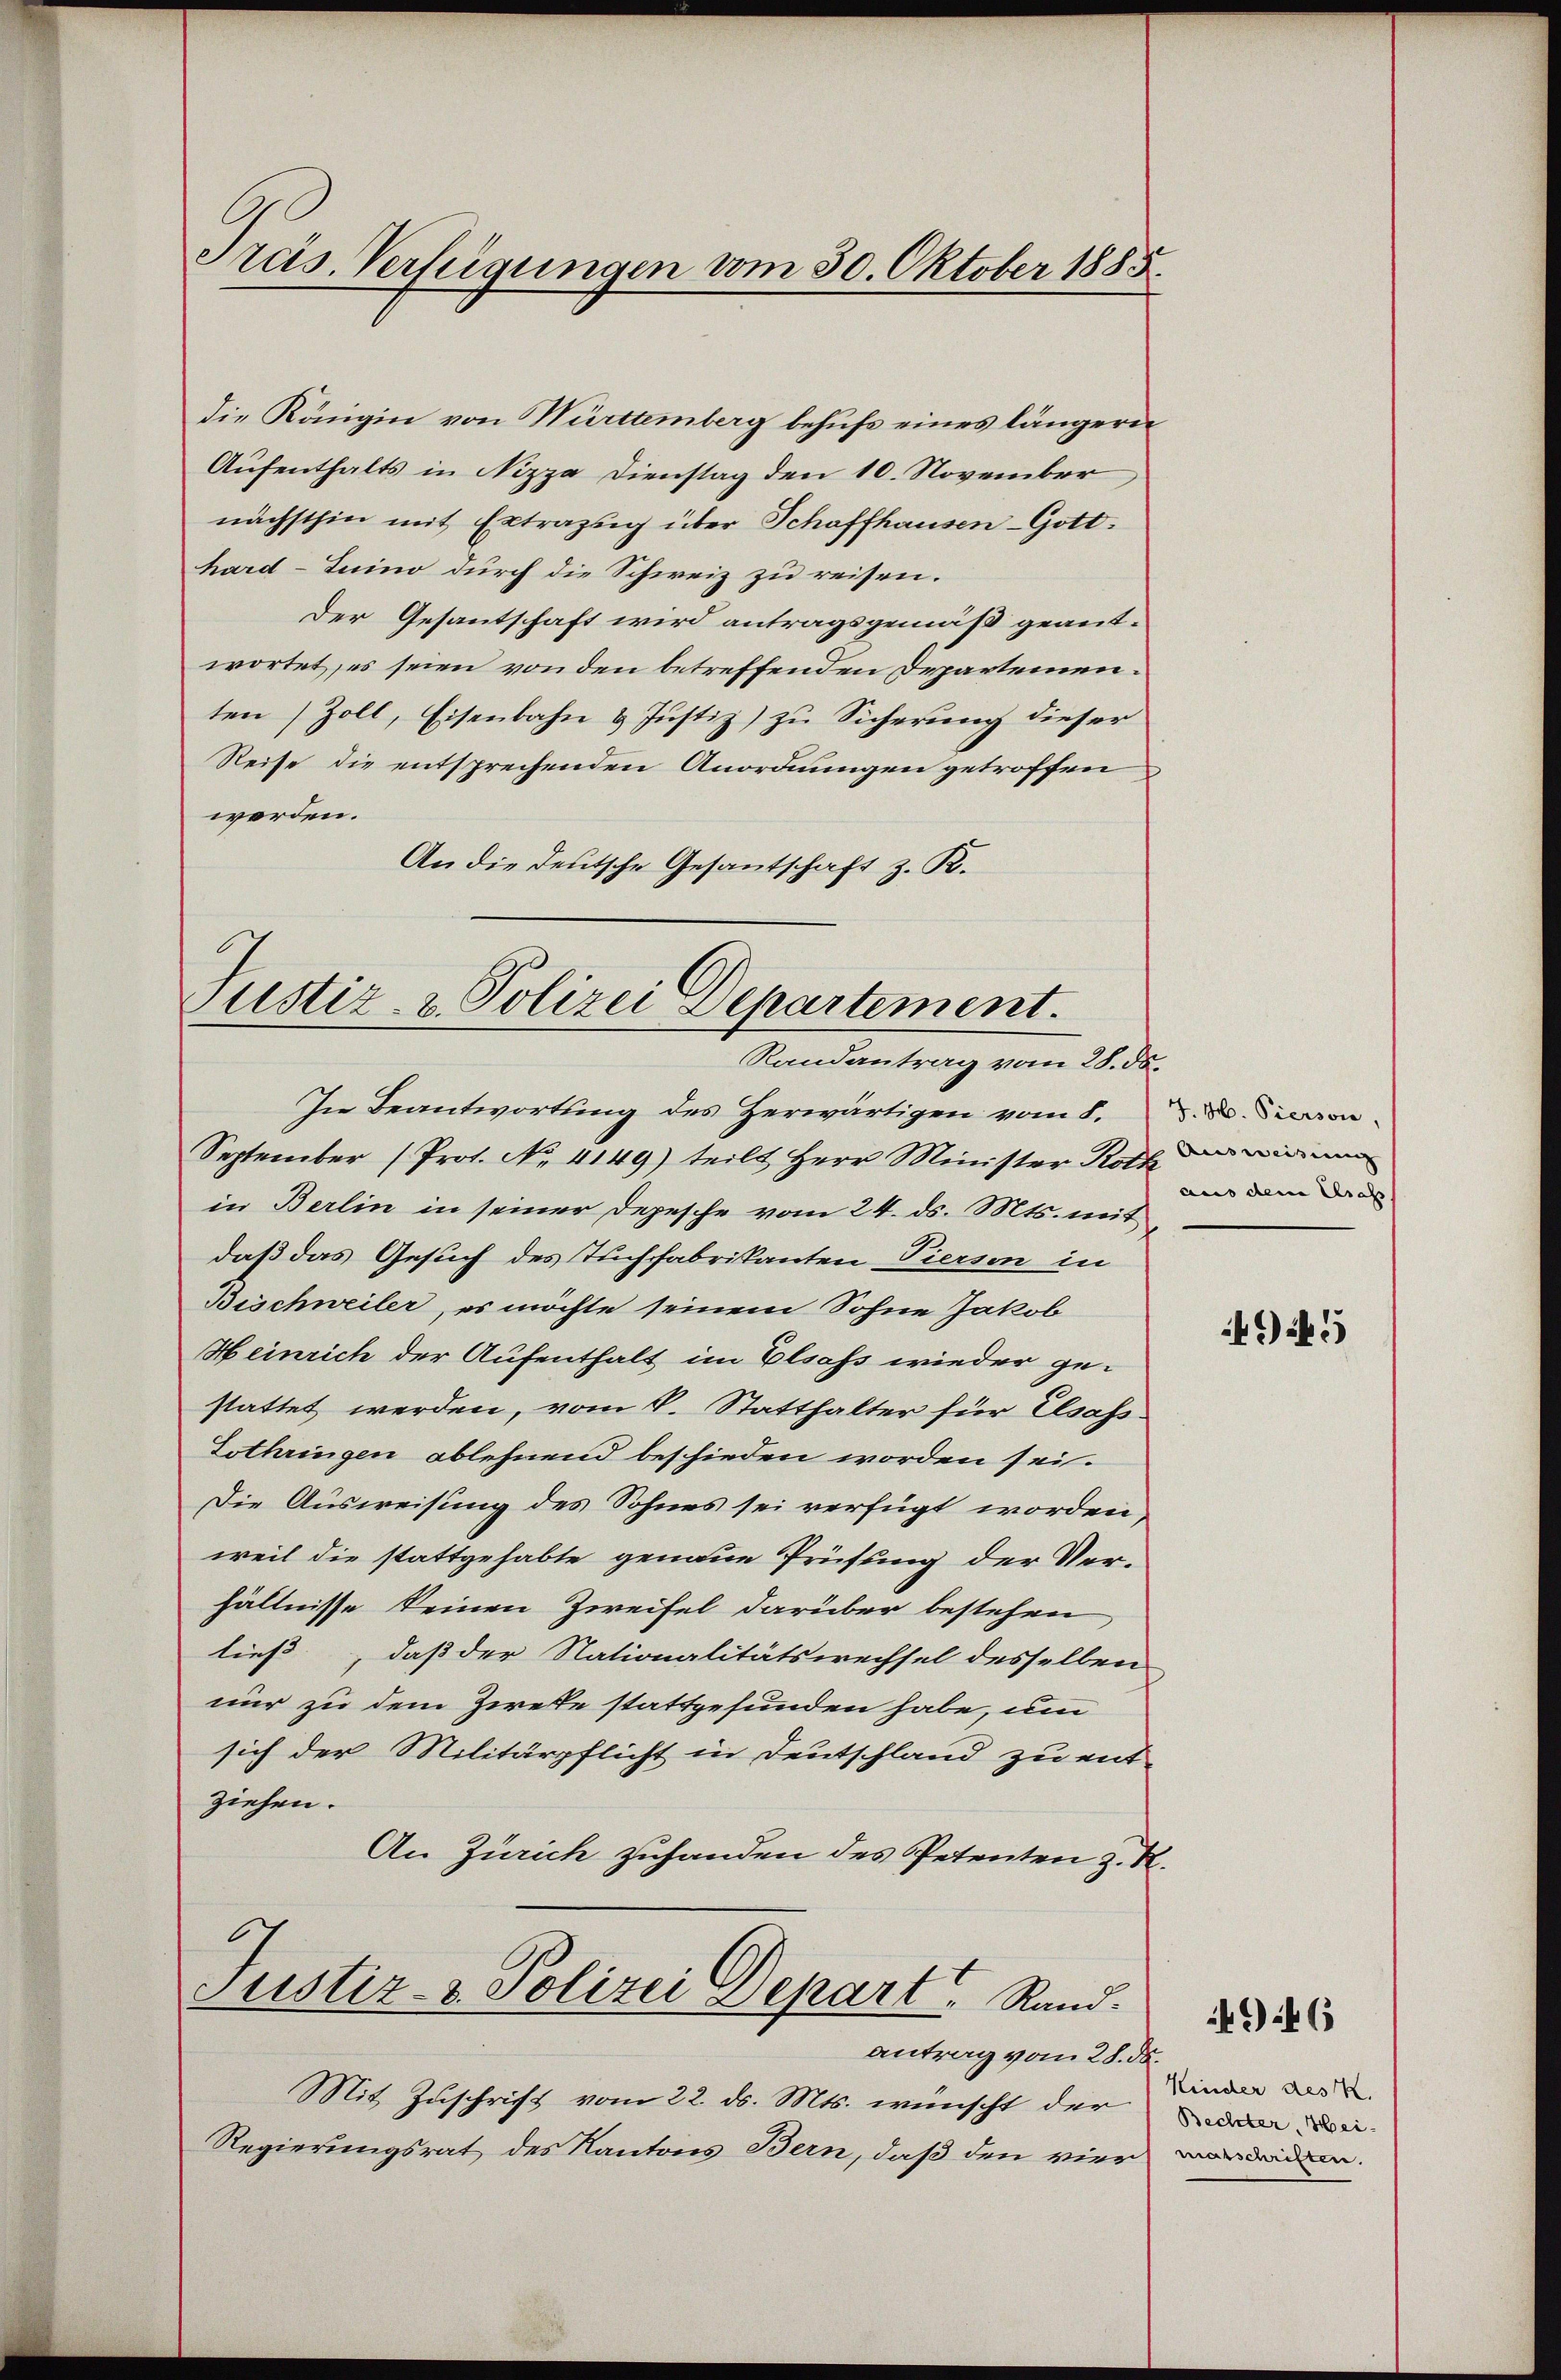
Präs. Verfügungen vom 30. Oktober 1885.

die Königin von Württemberg behufs eines längern
Aufenthalts in Nizza Dienstag den 10. November
nächsthin mit Extrazug über Schaffhausen-Gott.
hard-Luino durch die Schweiz zu reisen.
Der Gesantschaft wird antragsgemäß geant-
wortet, es seien von den betreffenden Departementen Zoll, Eisenbahn & Justiz) zu Sicherung dieser
Reise die entsprechenden Anordnungen getroffen
werden.
An die Deutsche Gesantschaft z. R.

Justiz- & Polizei Departement.
Randantrag vom 28. ds.

In Beantwortung des Herwärtigen vom 8. d. d. Person
September (Prot. No. 4149) teilt Herr Minister Roth die Birmen
in Berlin in seiner Depesche vom 24. ds. Mts. mit
daß das Gesuch des Tuchfabrikanten Pierson in
Bischweiler, es möchte seinem Sohne Jakob
Heinrich der Aufenthalt im Elsass wieder ge-
stattet werden, vom k. Statthalter für Elsass.
Lothringen ablehnend beschieden worden sei.
Die Ausweisung des Sohnes sei verfügt worden,
weil die stattgehabte genaue Prüfung der Verhältnisse keinen Zweifel darüber bestehen
ließ, daß der Nationalitätswechsel desselben
nur zu dem Zirke stattgefunden habe, um
sich der Militärpflicht in Deutschland zu entziehen.
An Zürich zuhanden des Petenten z. R.
Justiz- & Polizei Depart. Rand.

antrag vom 28. d.
Mit Zuschrift vom 22. ds. Mts. wünscht der
Regierungsrat des Kantons Bern, daß den vier vorderen.

aus dem Krass

495

.
Kinder des K.
Bechter, Hei¬

46